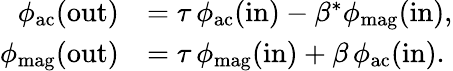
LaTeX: \begin{array}{rl}{\phi_{\mathrm{ac}}(\mathrm{out})}&{=\tau\, \phi_{\mathrm{ac}}(\mathrm{in})-\beta^{*}\phi_{\mathrm{mag}}(\mathrm{in}),}\\ {\phi_{\mathrm{mag}}(\mathrm{out})}&{=\tau\, \phi_{\mathrm{mag}}(\mathrm{in})+\beta\, \phi_{\mathrm{ac}}(\mathrm{in}).}\end{array}